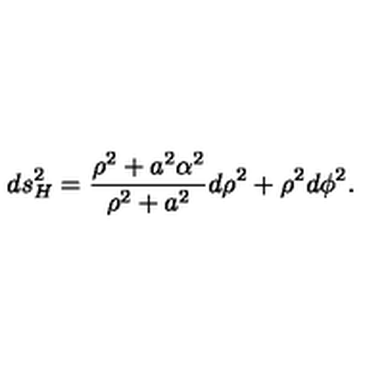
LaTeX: d s _ { H } ^ { 2 } = { \frac { \rho ^ { 2 } + a ^ { 2 } \alpha ^ { 2 } } { \rho ^ { 2 } + a ^ { 2 } } } d \rho ^ { 2 } + \rho ^ { 2 } d \phi ^ { 2 } .